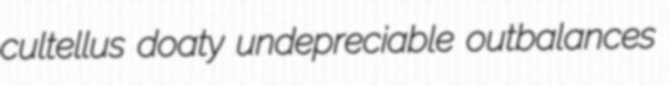
cultellus doaty undepreciable outbalances